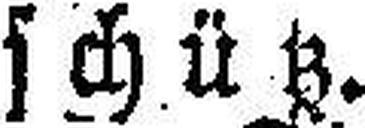
schütz.